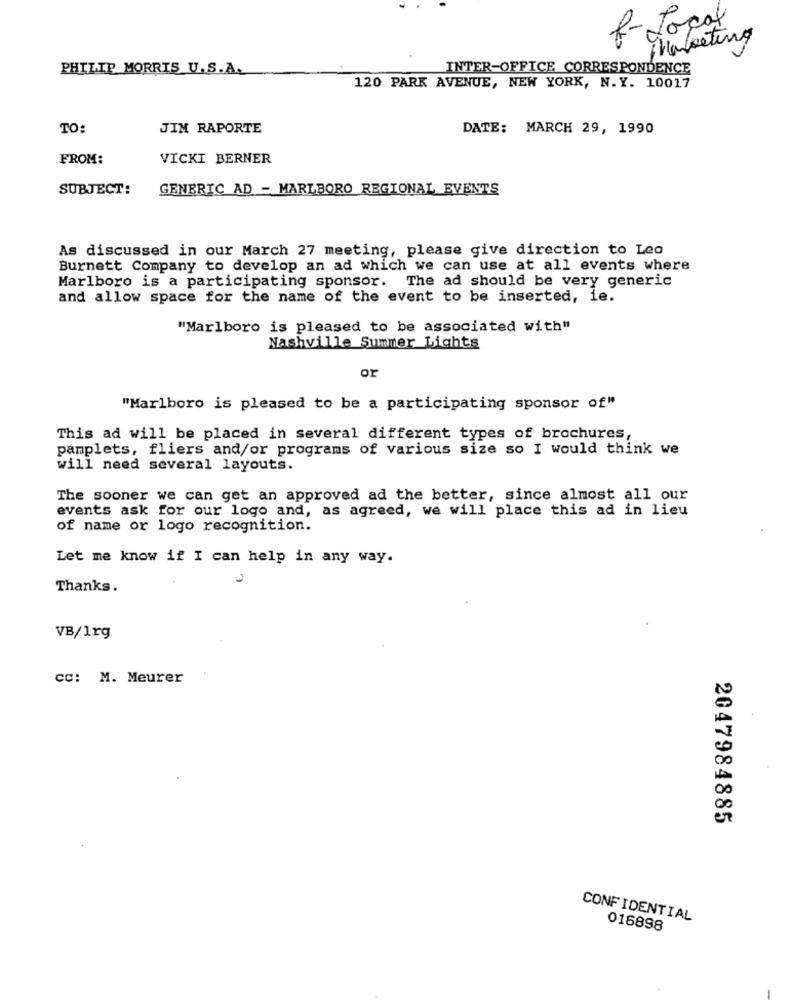
8- Local
pakketing
PHILIP MORRIS U.S.A.
INTER-OFFICE CORRESPONDENCE
120 PARK AVENUE, NEW YORK, N.Y. 10017
TO:
JIM RAPORTE
DATE: MARCH 29, 1990
FROM:
VICKI BERNER
SUBJECT:
GENERIC AD - MARLBORO REGIONAL EVENTS
As discussed in our March 27 meeting, please give direction to Led
Burnett Company to develop an ad which we can use at all events where
Marlboro is a participating sponsor. The ad should be very generic
and allow space for the name of the event to be inserted, ie.
"Marlboro is pleased to be associated with"
Nashville Summer Lights
or
"Marlboro is pleased to be a participating sponsor of"
This ad will be placed in several different types of brochures,
pamplets, fliers and/or programs of various size so I would think we
will need several layouts.
The sooner we can get an approved ad the better, since almost all our
events ask for our logo and, as agreed, we will place this ad in lieu
of name or logo recognition.
Let me know if I can help in any way.
-
Thanks.
VB/1rg
cc: M. Meurer
2047984885
CONFIDENTIAL
016898